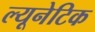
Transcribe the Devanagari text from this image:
ल्यूनेटिक